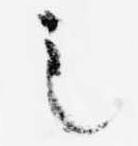
之